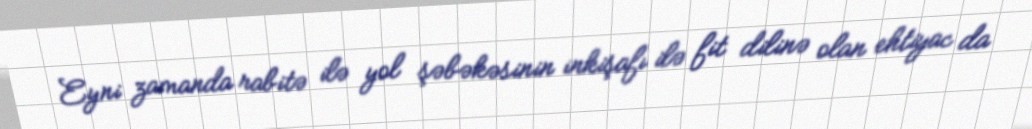
Eyni zamanda rabitə ilə yol şəbəkəsinin inkişafı ilə fit dilinə olan ehtiyac da